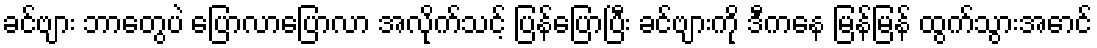
ခင်ဗျား ဘာတွေပဲ ပြောလာပြောလာ အလိုက်သင့် ပြန်ပြောပြီး ခင်ဗျားကို ဒီကနေ မြန်မြန် ထွက်သွားအောင်